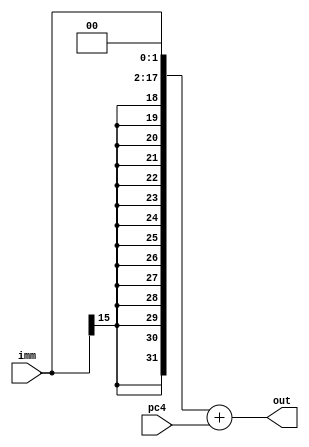
module BranchTarget(
	input [15:0] imm,
	input [31:0] pc4,
	output [31:0] out
);

wire [31:0] signExt;

assign signExt = {{16{imm[15]}}, imm};

assign out = {signExt[29:0], 2'b0} + pc4;

endmodule